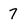
Character: 7